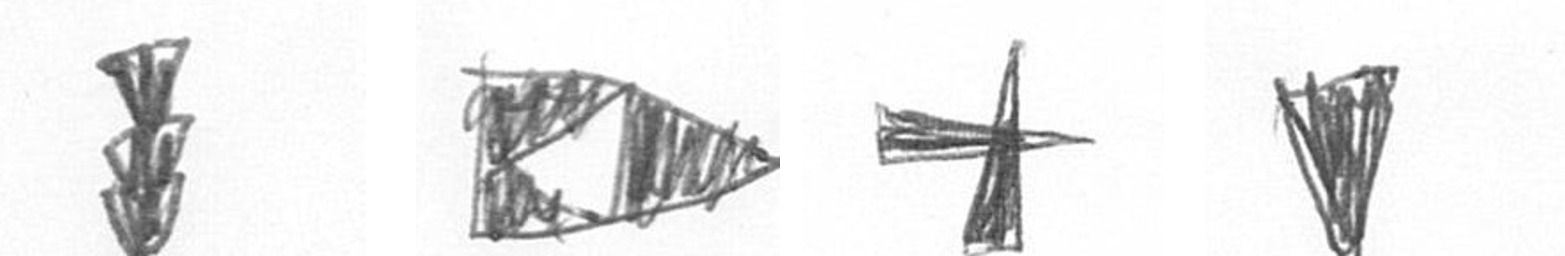
E K G J